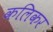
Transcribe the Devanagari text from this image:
कलिकर